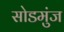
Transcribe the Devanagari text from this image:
सोडमुंज